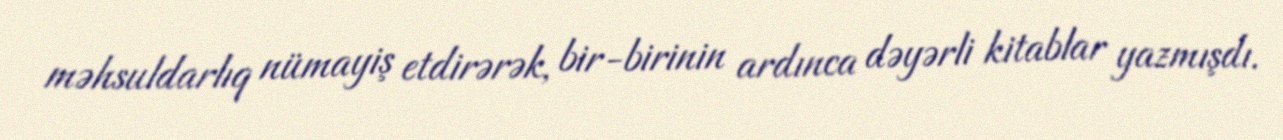
məhsuldarlıq nümayiş etdirərək, bir-birinin ardınca dəyərli kitablar yazmışdı.